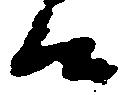
候